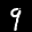
Label: 9